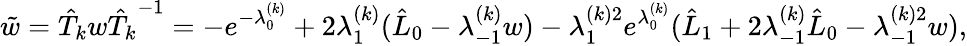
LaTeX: \tilde{w}={\hat{T}_{k}}w{\hat{T}_{k}}^{-1}=-e^{-\lambda_{0}^{(k)}}+2\lambda_{1}^{(k)}(\hat{L}_{0}-\lambda_{-1}^{(k)}w)-\lambda_{1}^{(k)2}e^{\lambda_{0}^{(k)}}(\hat{L}_{1}+2\lambda_{-1}^{(k)}\hat{L}_{0}-{\lambda_{-1}^{(k)2}}w),